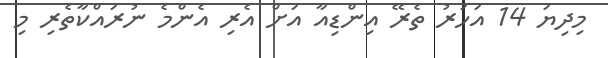
މިދިޔަ 14 އަހަރު ތެރޭ އިންޑިއާ އަށް އެރި އެންމެ ނުރައްކާތެރި މި